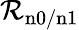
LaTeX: \mathcal{R}_{\mathrm{{n0/n1}}}